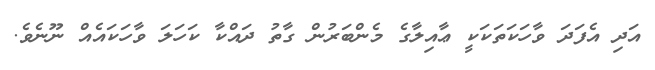
އަދި އެފަދަ ވާހަކަތަކަކީ ޢާއިލާގެ މެންބަރުން ގާތު ދައްކާ ކަހަލަ ވާހަކައެއް ނޫނެވެ.